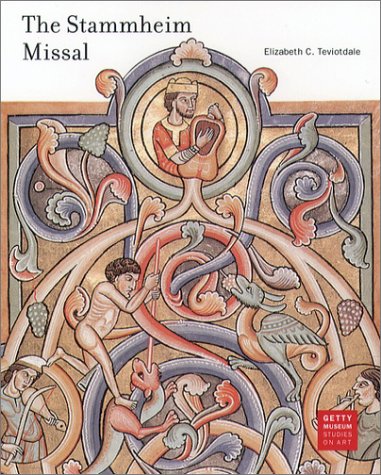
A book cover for The Stammheim Missal (Getty Museum Studies on Art); Elizabeth Teviotdale; Crafts, Hobbies & Home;